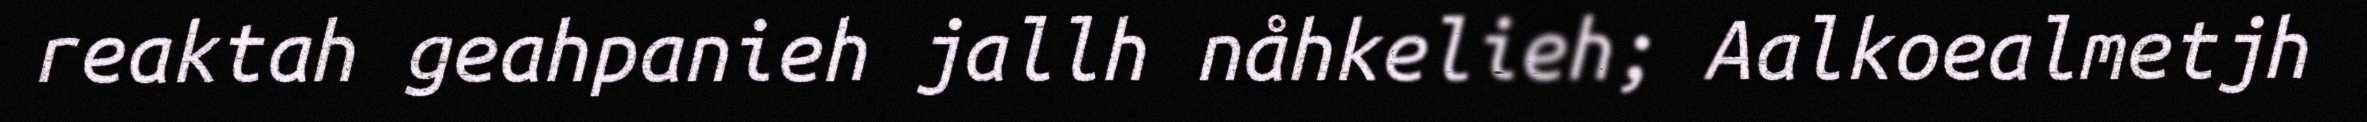
reaktah geahpanieh jallh nåhkelieh; Aalkoealmetjh